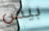
بيس